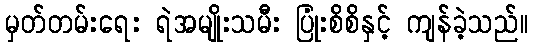
မှတ်တမ်းရေး ရဲအမျိုးသမီး ပြုံးစိစိနှင့် ကျန်ခဲ့သည်။